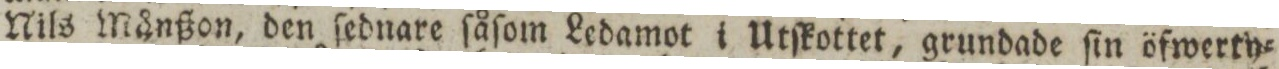
Nils Månßon, den ſednare ſåſom Ledamot i Utſkottet, grundade ſin öfwerty=